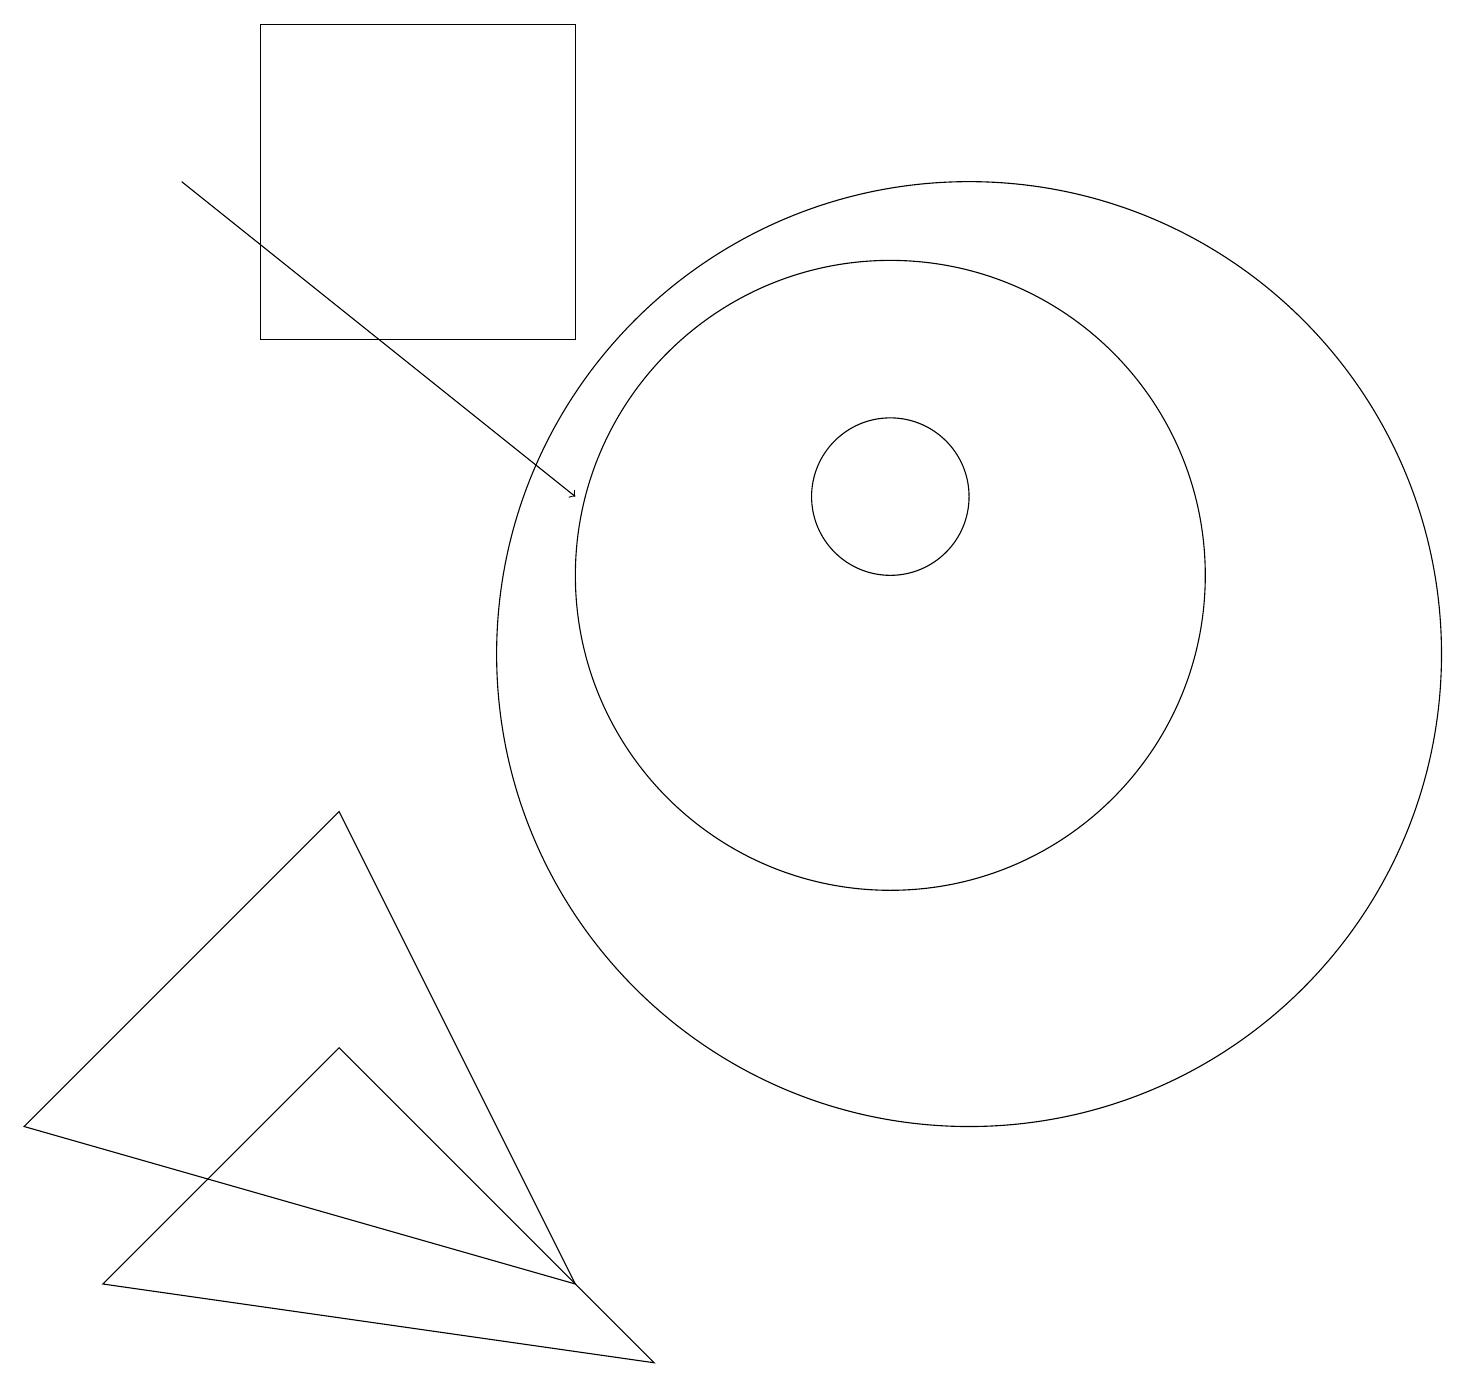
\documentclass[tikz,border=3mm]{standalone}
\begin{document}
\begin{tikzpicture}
\draw[->] (2,16) -- (7,12);
\draw (0,4) -- (7,2) -- (4,8) -- cycle;
\draw (11,12) circle (1);
\draw (7,18) rectangle (3,14);
\draw (12,10) circle (6);
\draw (1,2) -- (8,1) -- (4,5) -- cycle;
\draw (10,11) circle (0);
\draw (11,11) circle (4);
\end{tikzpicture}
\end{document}